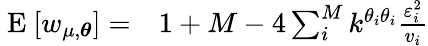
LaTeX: \begin{array}{rl}{\mathrm{~E~}[w_{\mu,\boldsymbol{\theta}}]=}&{{}1+M-4\sum_{i}^{M}k^{\theta_{i}\theta_{i}}\frac{\varepsilon_{i}^{2}}{v_{i}}}\end{array}